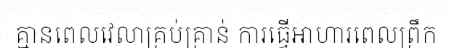
គ្មានពេលវេលាគ្រប់គ្រាន់ ការធ្វើអាហារពេលព្រឹក